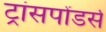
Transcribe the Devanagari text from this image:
ट्रांसपोंडर्स